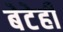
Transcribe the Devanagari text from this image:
बेटेही